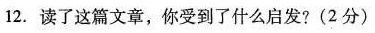
12.读了这篇文章，你受到了什么启发?(2分)